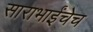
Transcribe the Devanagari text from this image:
साराभाईंचेच